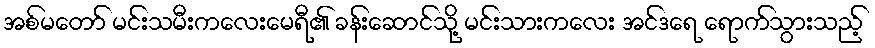
အစ်မတော် မင်းသမီးကလေးမေရီ၏ ခန်းဆောင်သို့ မင်းသားကလေး အင်ဒရေ ရောက်သွားသည့်